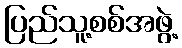
ပြည်သူ့စစ်အဖွဲ့